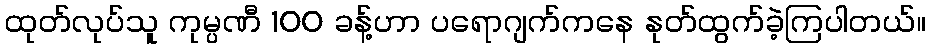
ထုတ်လုပ်သူ ကုမ္ပဏီ 100 ခန့်ဟာ ပရောဂျက်ကနေ နုတ်ထွက်ခဲ့ကြပါတယ်။